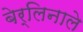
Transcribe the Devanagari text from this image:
बेर्लिनाले